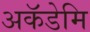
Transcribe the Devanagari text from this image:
अकॅडेमि